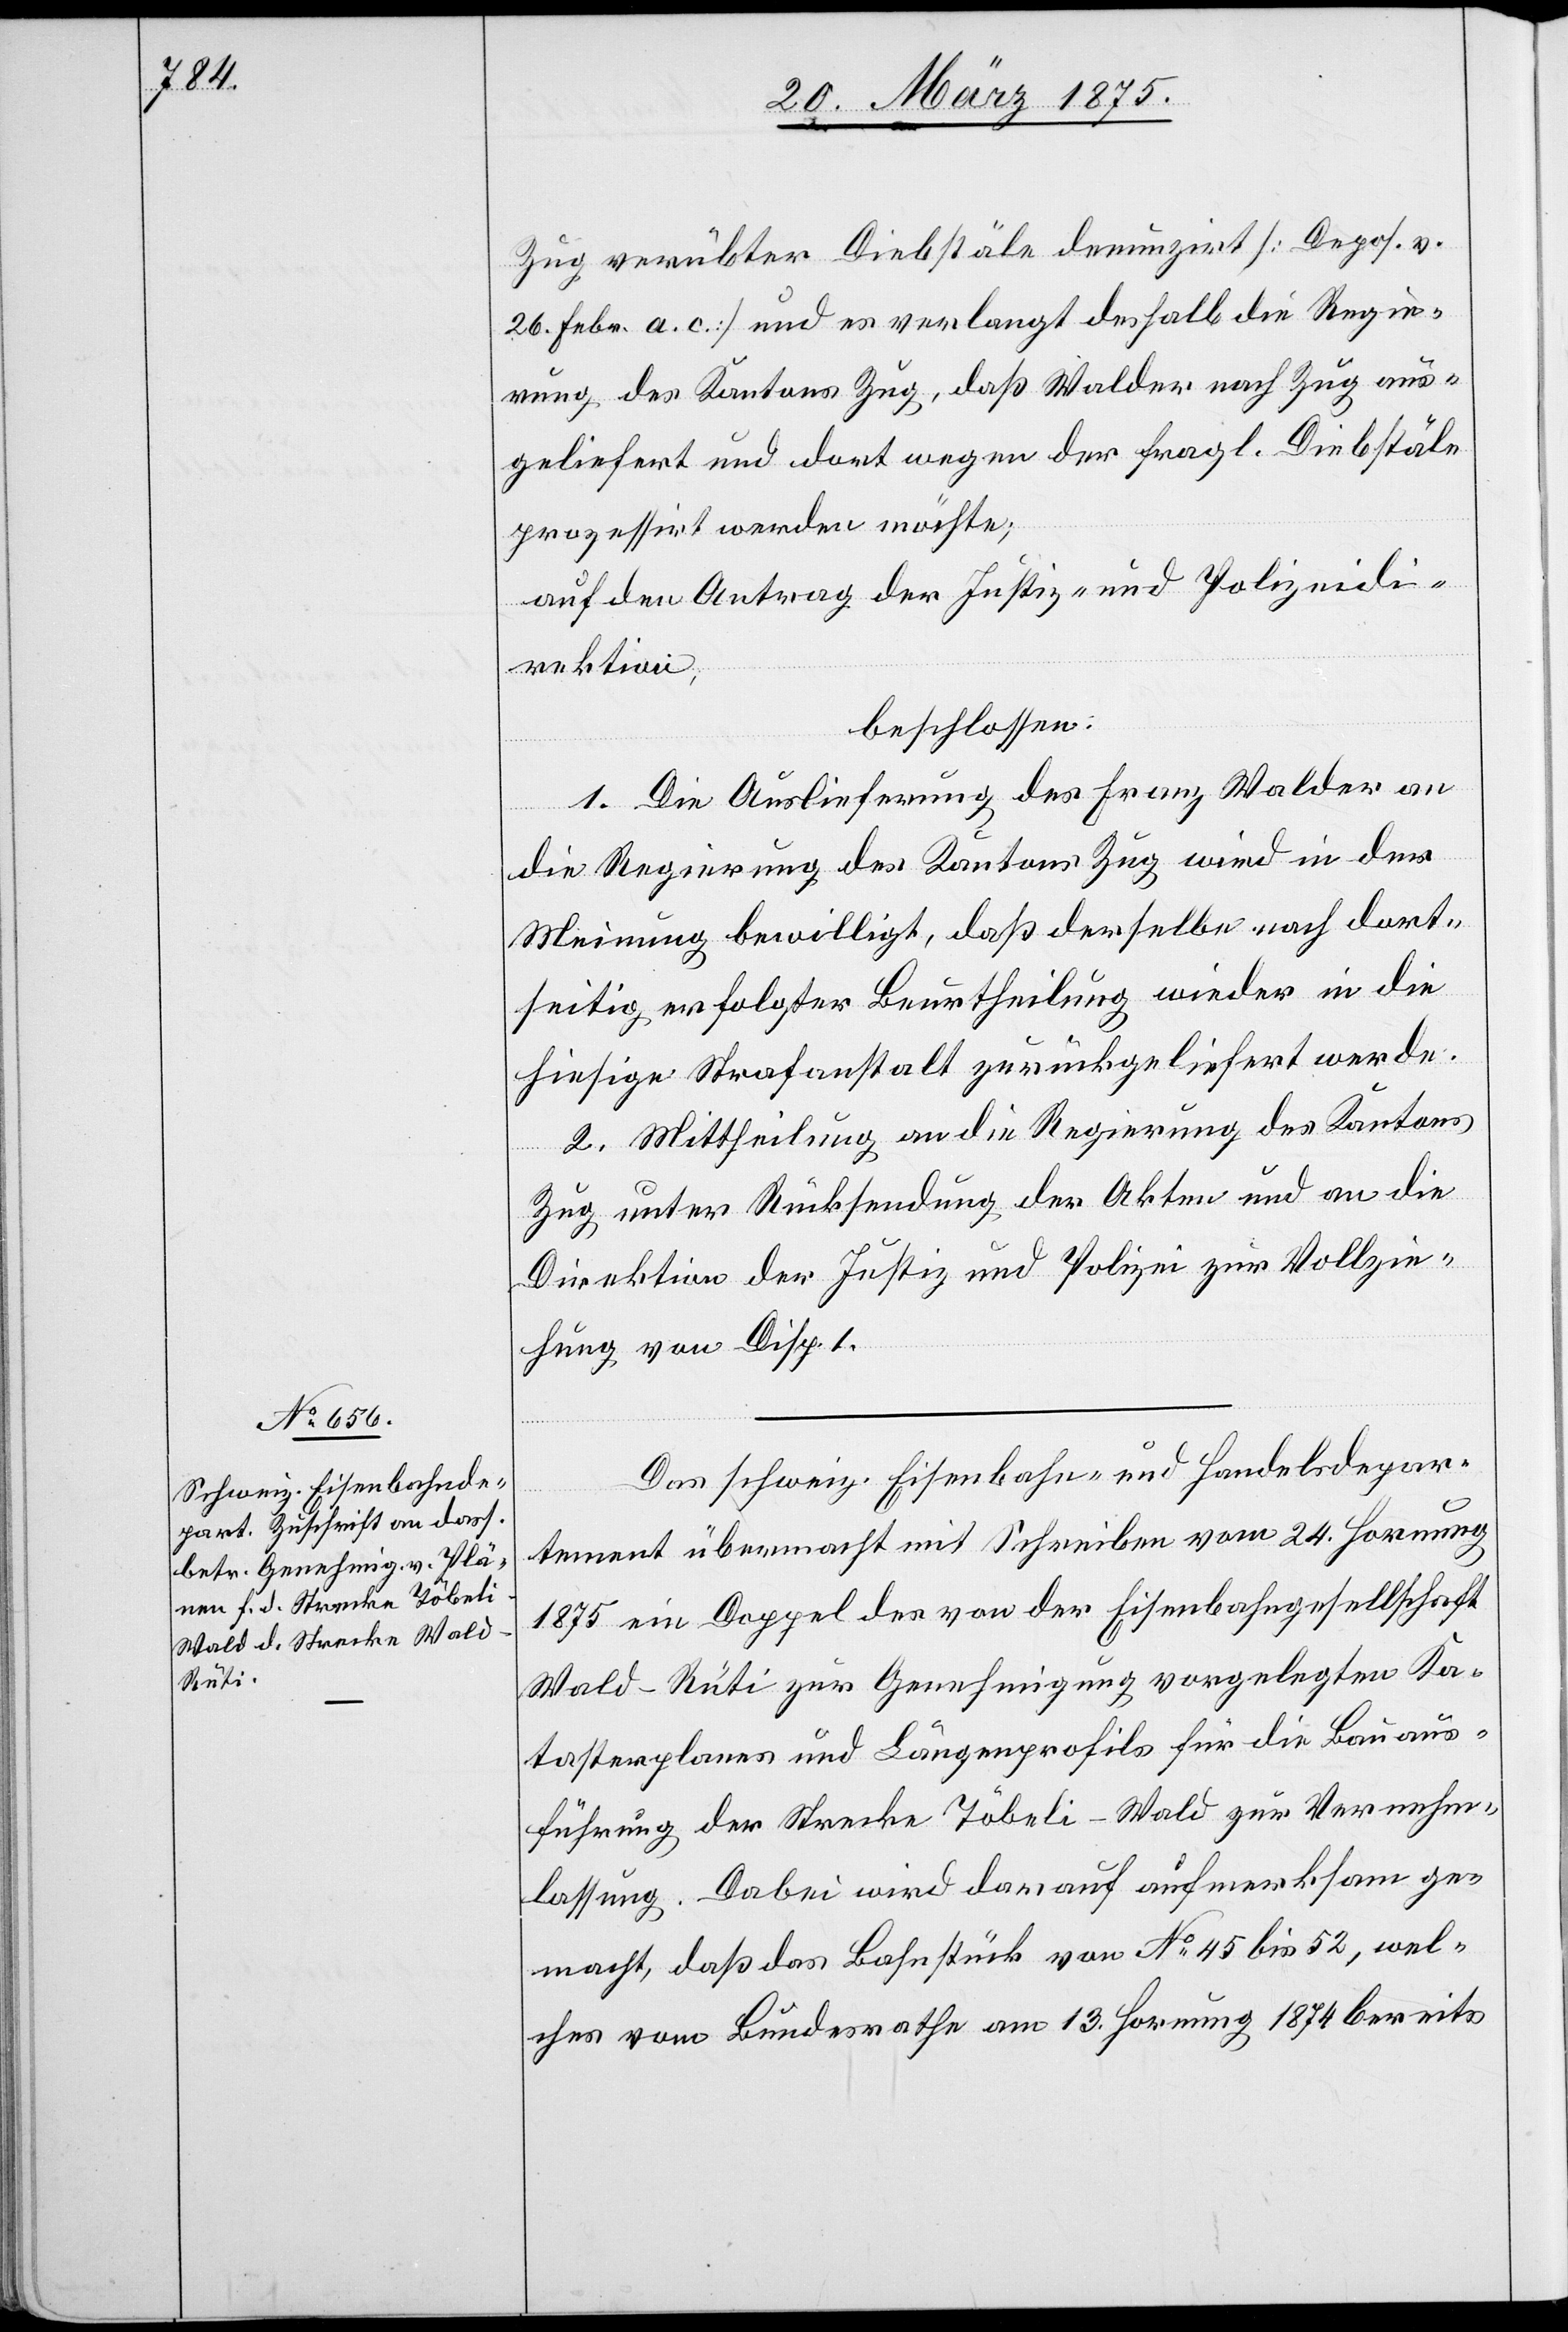
Zug verübter Diebstäle denunziert [Depos. v.
26. Febr. a. c.] und es verlangt deshalb die Regie¬
rung des Kantons Zug, daß Walder nach Zug aus¬
geliefert und dort wegen der fragl. Diebstäle
prozessirt werden möchte;
auf den Antrag der Justiz- und Polizeidi¬
rektion,
beschlossen:
1. Die Auslieferung des Franz Walder an
die Regierung des Kantons Zug wird in der
Meinung bewilligt, daß derselbe nach dort¬
seitig erfolgter Beurtheilung wieder in die
hiesige Strafanstalt zurückgeliefert werde.
2. Mittheilung an die Regierung des Kantons
Zug unter Rücksendung der Akten und an die
Direktion der Justiz und Polizei zur Vollzie¬
hung von Disp. 1.
Das schweiz. Eisenbahn- und Handelsdepar¬
tement übermacht mit Schreiben vom 24. Hornung
1875 ein Doppel des von der Eisenbahngesellschaft
Wald–Rüti zur Genehmigung vorgelegten Ka¬
tasterplanes und Längenprofils für die Bauaus¬
führung der Strecke Töbeli–Wald zur Vernehm¬
lassung. Dabei wird darauf aufmerksam ge¬
macht, daß das Bahnstück von No 45 bis 52, wel¬
ches vom Bundesrathe am 13. Hornung 1874 bereits